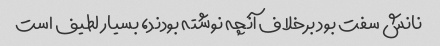
نانش سفت بود برخلاف آنچه نوشته بودند، بسیار لطیف است